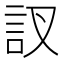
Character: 訍